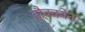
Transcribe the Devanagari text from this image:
हौक्क्येन